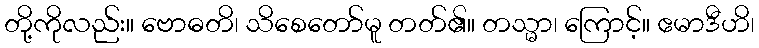
တို့ကိုလည်း။ ဗောဓတိ၊ သိစေတော်မူ တတ်၏။ တသ္မာ၊ ကြောင့်။ ဧမာဒီဟိ၊